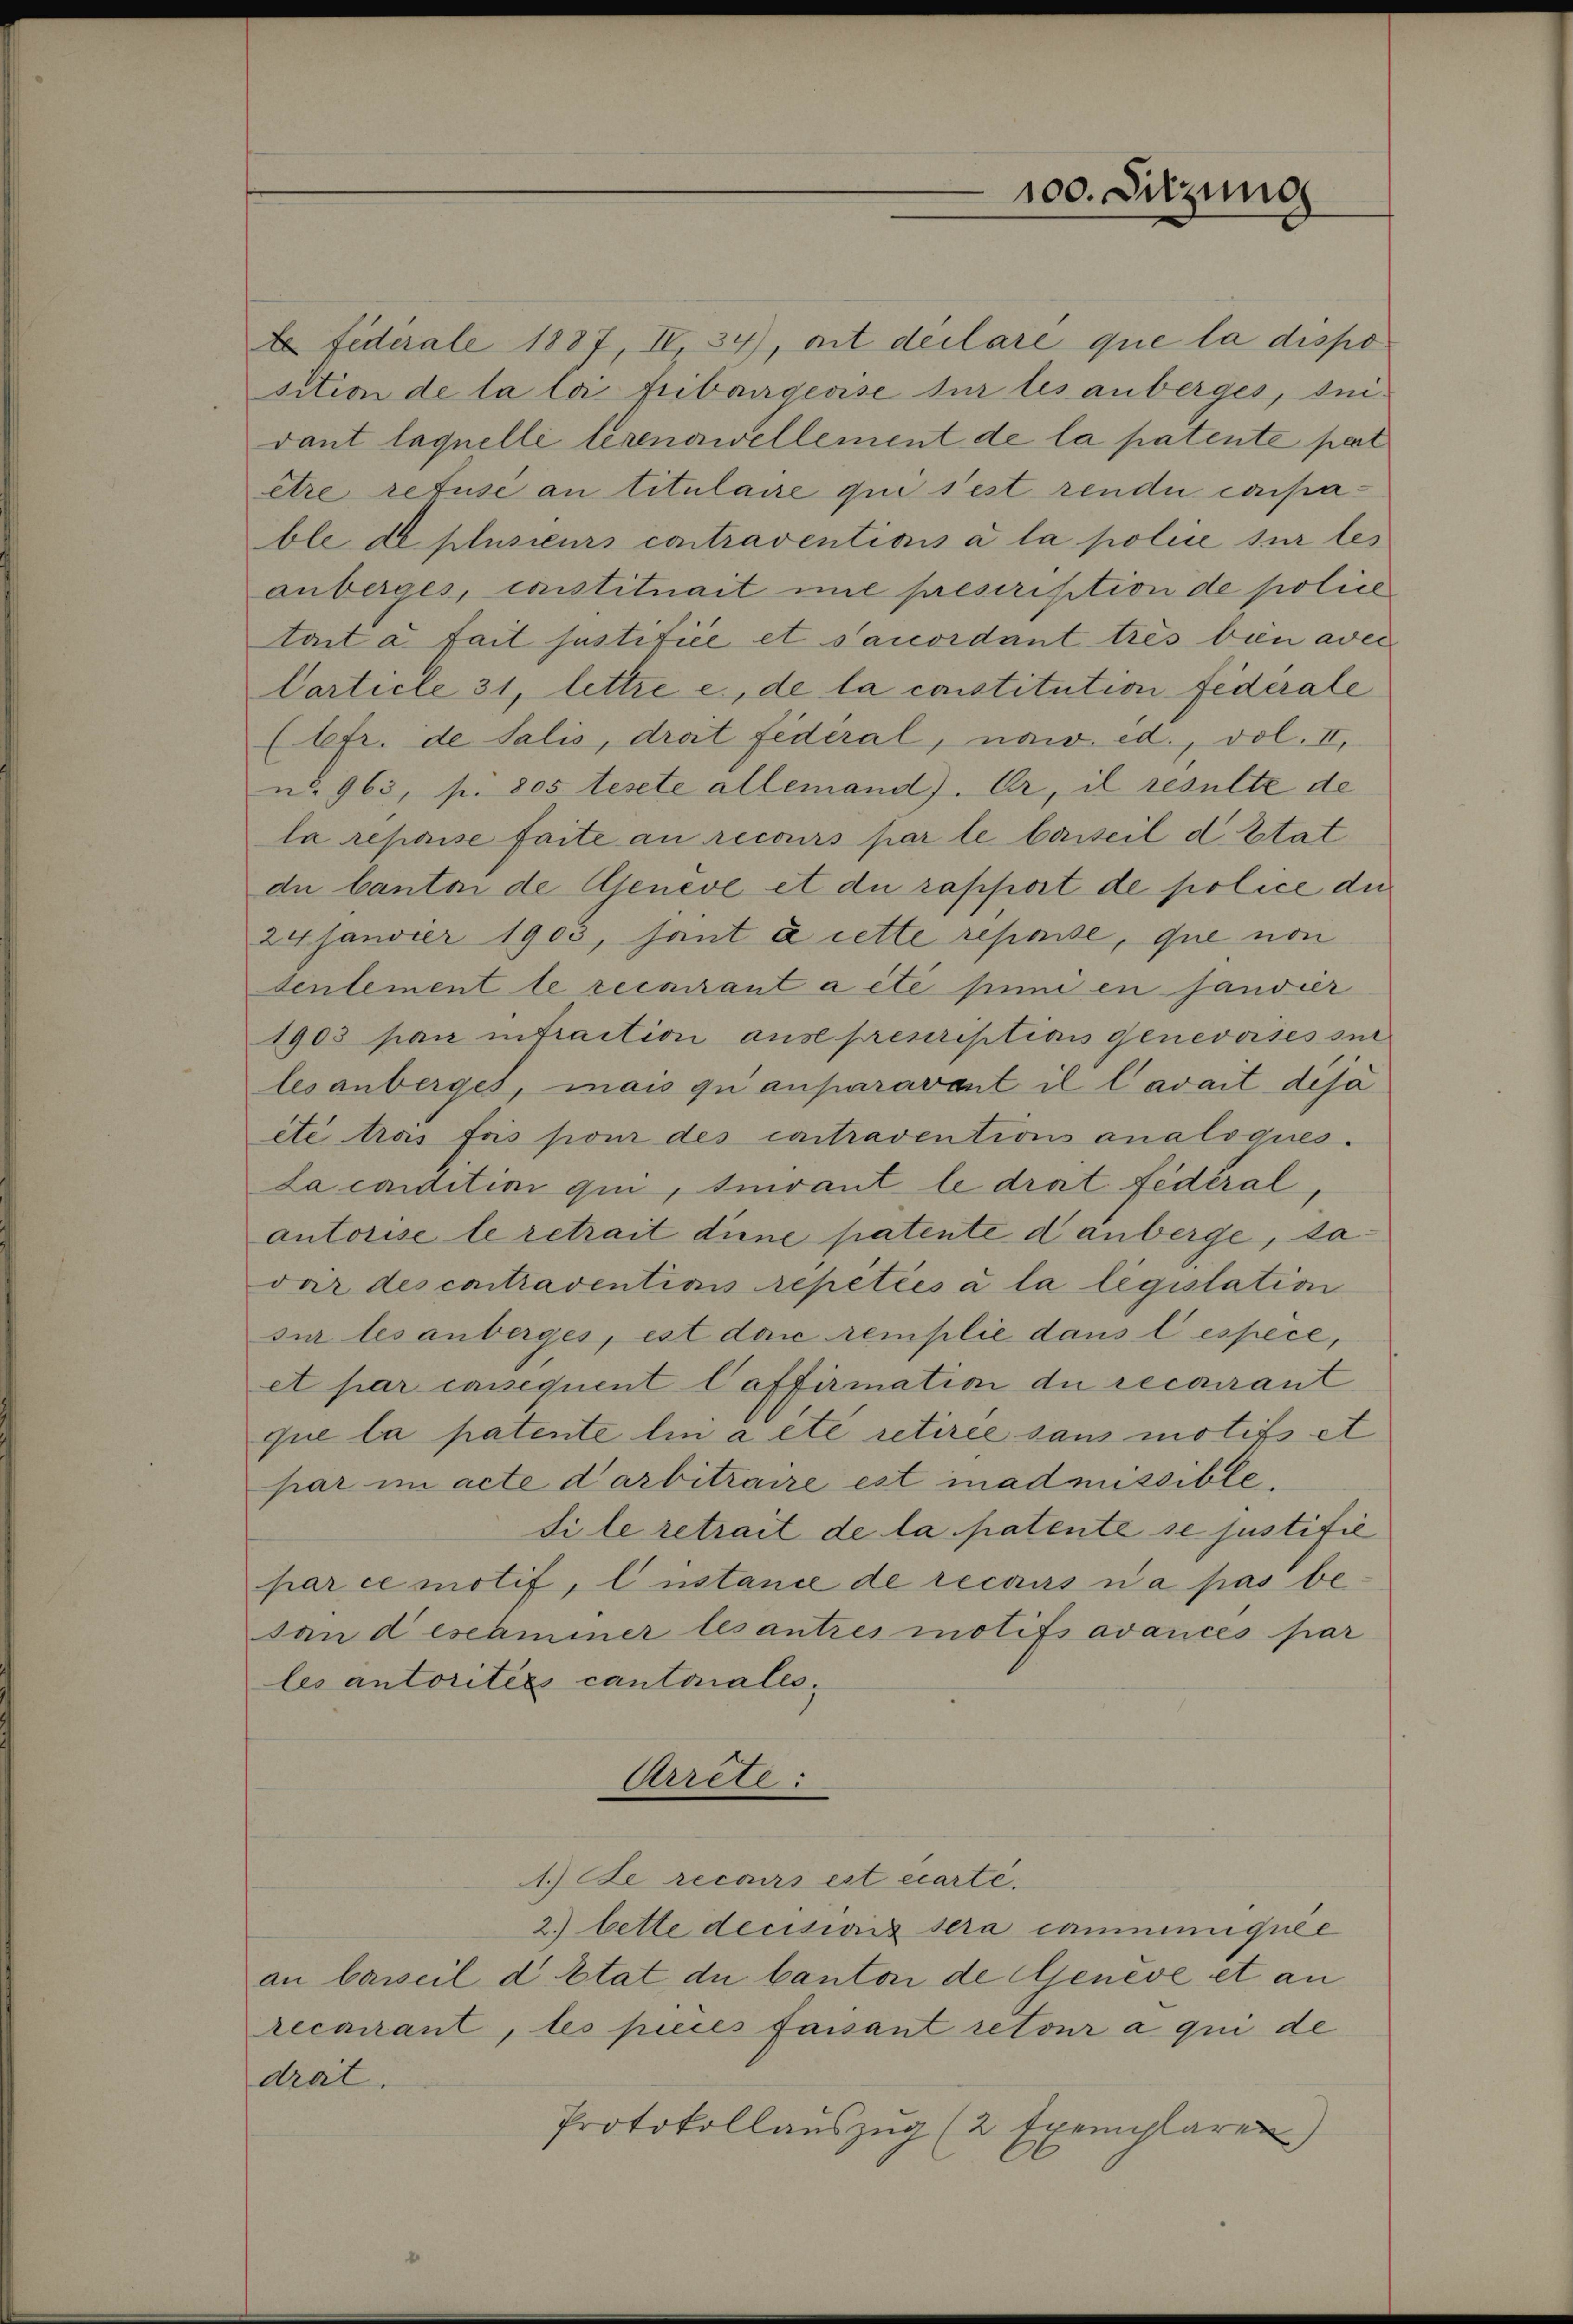
Federale 1887, IV 34), mit declare que la dispo
sition de la loi fribairgense sur les anberges, sivant laquelle lerenawellement de la patente pert
être refuse an titulaire qui s’est rende conpable de plusieurs contraventions à la police sur les
anberges, constituait mit preserisition de police
tait à fait justifice et sanordant tres bien adel
Carticle 31, lettre e., de la constitution fiderale
(6fr. de Salis, drat fédéral, naw ed., vol. II,
ud 963, p. 805 teste allemand). Er, il resulte de
la répaise faite an recours par le beiseil d. Stat
du Canton de Genève et die rapport de police die
24. Janvier 1903, sant à cette repose, que non
tentement le recourant a été puni en fandier
1903 pan infraction aus preuriptions genevoises zur
lesanberges, mais quanparavant il l’avait disa
ete trois fois pour des contraventions analoques.
La condition qui, sivant le drat fédéral,
autorise le retrait diene patente danberge, davor des contraventions repetées à la législation
sur les anberges, est das remplie dans lespèce,
et par consequent Caffirmation de recourant
que la patente lin acte retirée sans motifs et
par im acte darbitraire est inadmissible,
di le retrait de la patente se justitie
par ce motif, Custance de recurs n’a pas bedan descaminer les antres motifs avancés par
les autoritées cantonales.
Arrete:
1.) De recours est écarte.
2.) bette decisionis sera communiquée
an barseil d Etat du Canton de Geneve et an
recarrant, les pieces faisant retour a qui de
drat.
Protokollaŭszŭg (2 Exemplaren

100. Sitzung